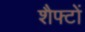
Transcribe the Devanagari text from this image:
शैफ्टों